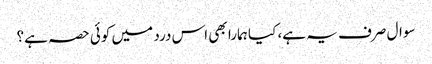
سوال صرف یہ ہے، کیا ہمارا بھی اس درد میں کوئی حصہ ہے؟